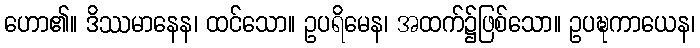
ဟော၏။ ဒိဿမာနေန၊ ထင်သော။ ဥပရိမေန၊ အထက်၌ဖြစ်သော။ ဥပဍ္ဎကာယေန၊